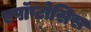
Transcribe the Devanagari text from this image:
एपॉप्टोसिस